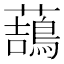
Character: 䕵